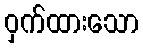
ဝှက်ထားသော